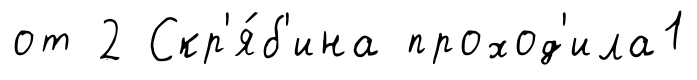
от 2 Скр'я́б'ина проход'ила1